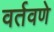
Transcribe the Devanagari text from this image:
वर्तवणे